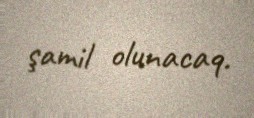
şamil olunacaq.